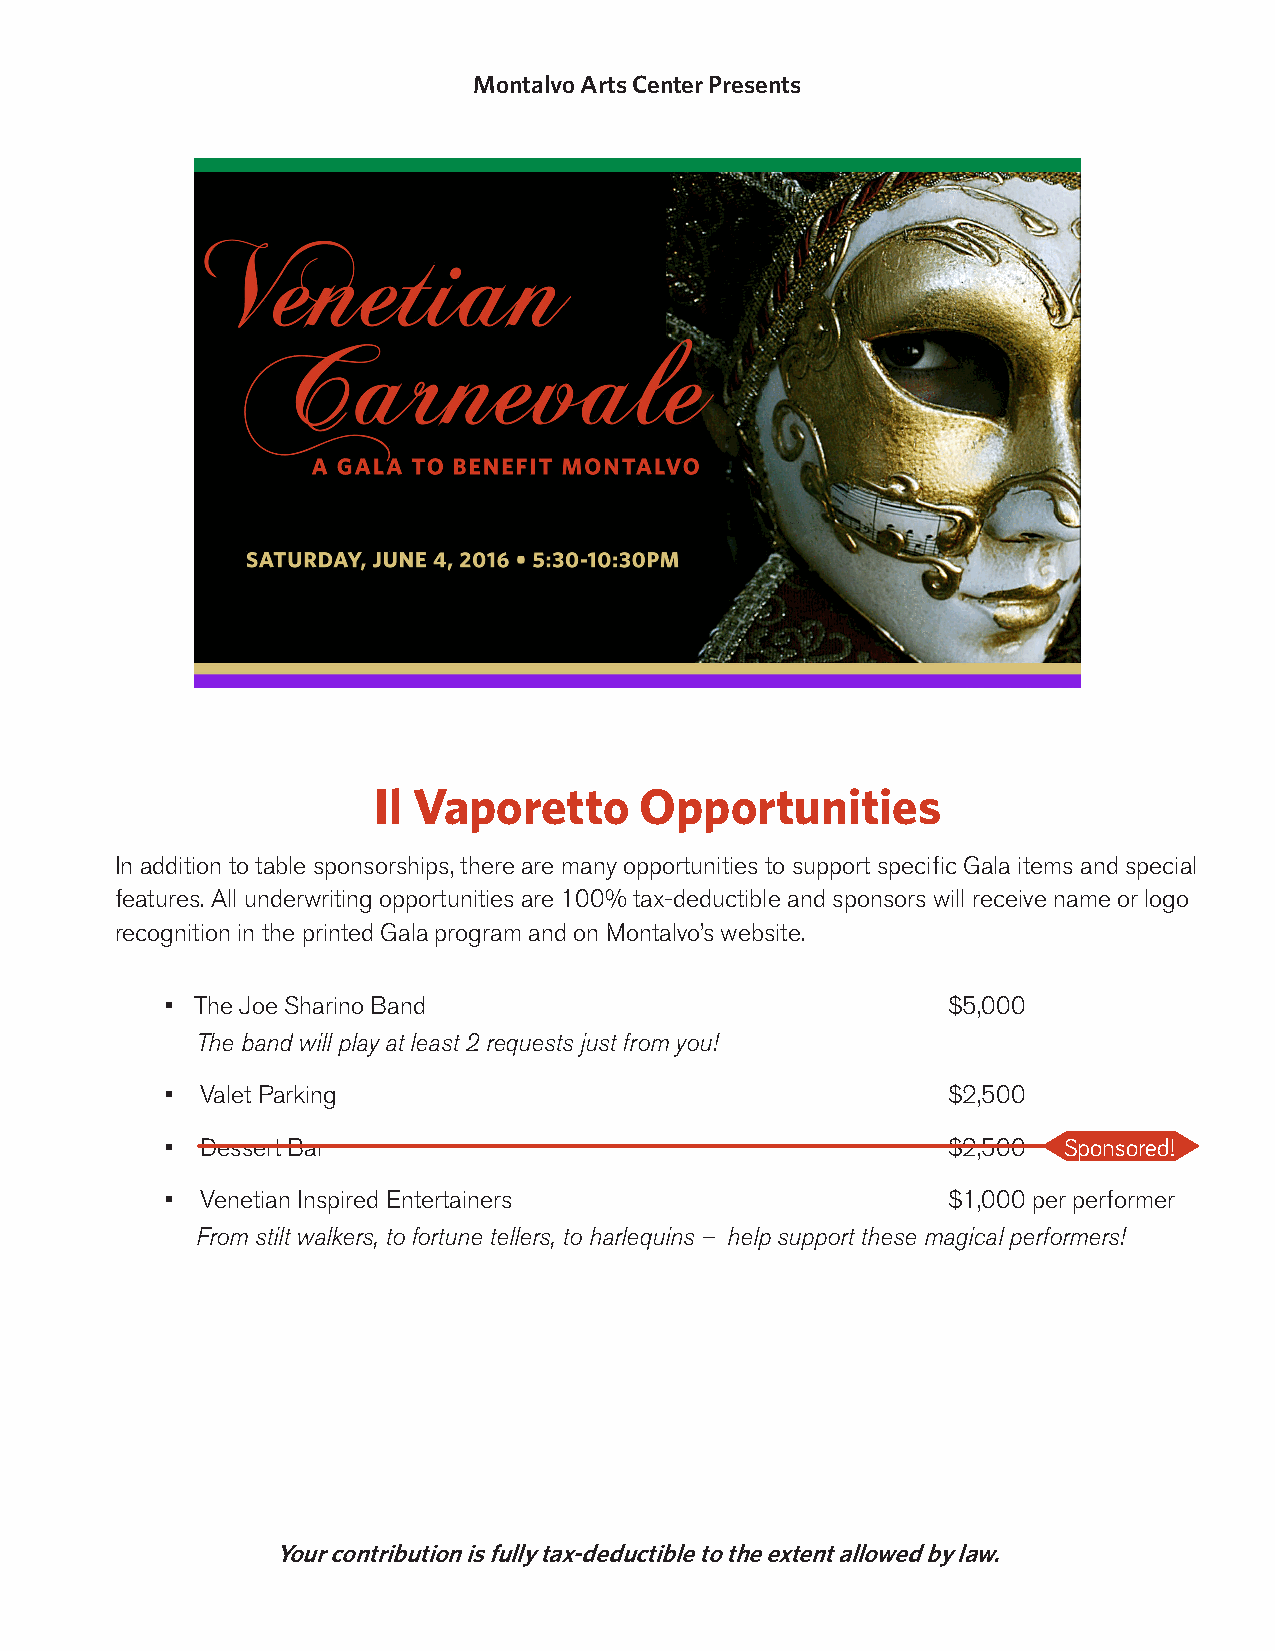
Montalvo Arts Center Presents
 Il Vaporetto     Opportunities
 In addition to table sponsorships, there are many opportunities to support specific Gala items and special
 features. All underwriting opportunities are 100% tax-deductible and sponsors will receive name or logo
 recognition in the printed Gala program and on Montalvo’s website.
 • The Joe Sharino Band                              $5,000
 The band will play at least 2 requests just from you!
 • Valet Parking                                     $2,500
 • Dessert Bar                                       $2,500 Sponsored!
 • Venetian Inspired Entertainers                    $1,000 per performer
 From stilt walkers, to fortune tellers, to harlequins – help support these magical performers!
 Your contribution is fully tax-deductible to the extent allowed by law.